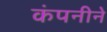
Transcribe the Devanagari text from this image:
कंपनीने